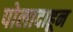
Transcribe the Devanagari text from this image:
पोलादाहून